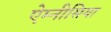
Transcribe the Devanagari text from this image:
ऐम्नीसिया